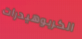
الكربوهيدرات